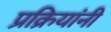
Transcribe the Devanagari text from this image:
प्रक्रियांनी